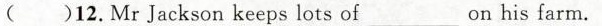
( )12.MrJackson keeps lots of___on his farm.